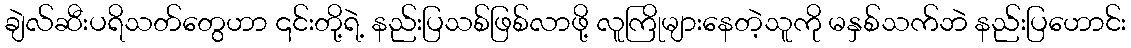
ချဲလ်ဆီးပရိသတ်တွေဟာ ၎င်းတို့ရဲ့ နည်းပြသစ်ဖြစ်လာဖို့ လူကြိုများနေတဲ့သူကို မနှစ်သက်ဘဲ နည်းပြဟောင်း